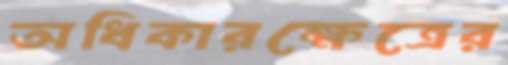
অধিকারক্ষেত্রের